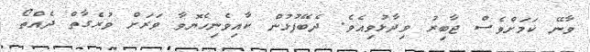
ވާނޭ ކަމަށްވެސް ޖާބިރު ވިދާޅުވިއެވެ. ދެބޭފުޅުން ކާއިވެނިހެޔޮވާ ވަރަށް ވުރެގާތް ދެއްތޯ